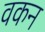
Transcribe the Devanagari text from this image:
वकन